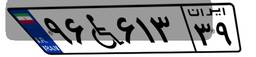
۹۶W۶۱۳۳۹